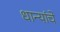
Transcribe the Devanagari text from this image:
धान्यांचे